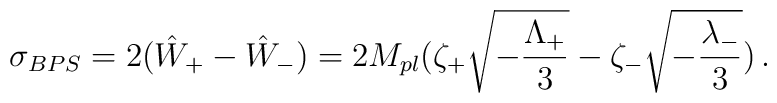
\sigma_{BPS}= 2({\hat W}_+-{\hat W}_-)=2M_{pl}(\zeta_+\sqrt{-{\Lambda_+\over 3}}-\zeta_-\sqrt{-{\lambda_-\over3}})\, .